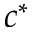
c ^ { * }